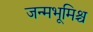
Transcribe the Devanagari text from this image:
जन्मभूमिश्च